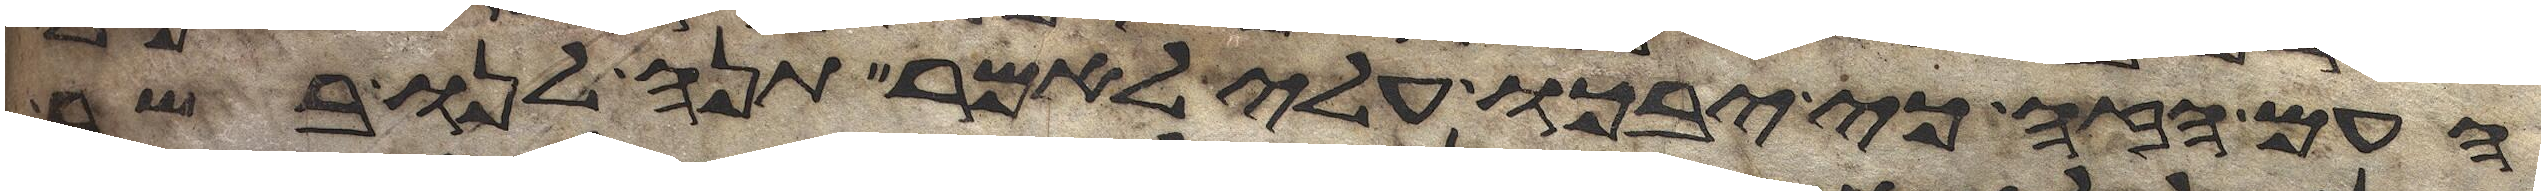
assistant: העם הזה כי יבכו עלי לאמר תנה לנו בשר